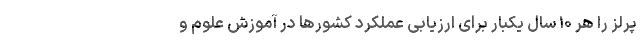
پرلز را هر ۱۰ سال یکبار برای ارزیابی عملکرد کشورها در آموزش علوم و